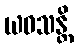
ယဝသန္တိ